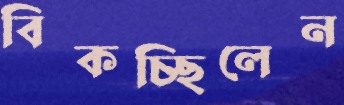
বিকচ্ছিলেন